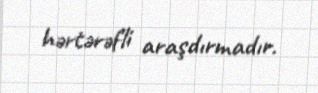
hərtərəfli araşdırmadır.